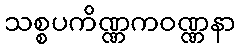
သစ္စပကိဏ္ဏကဝဏ္ဏနာ